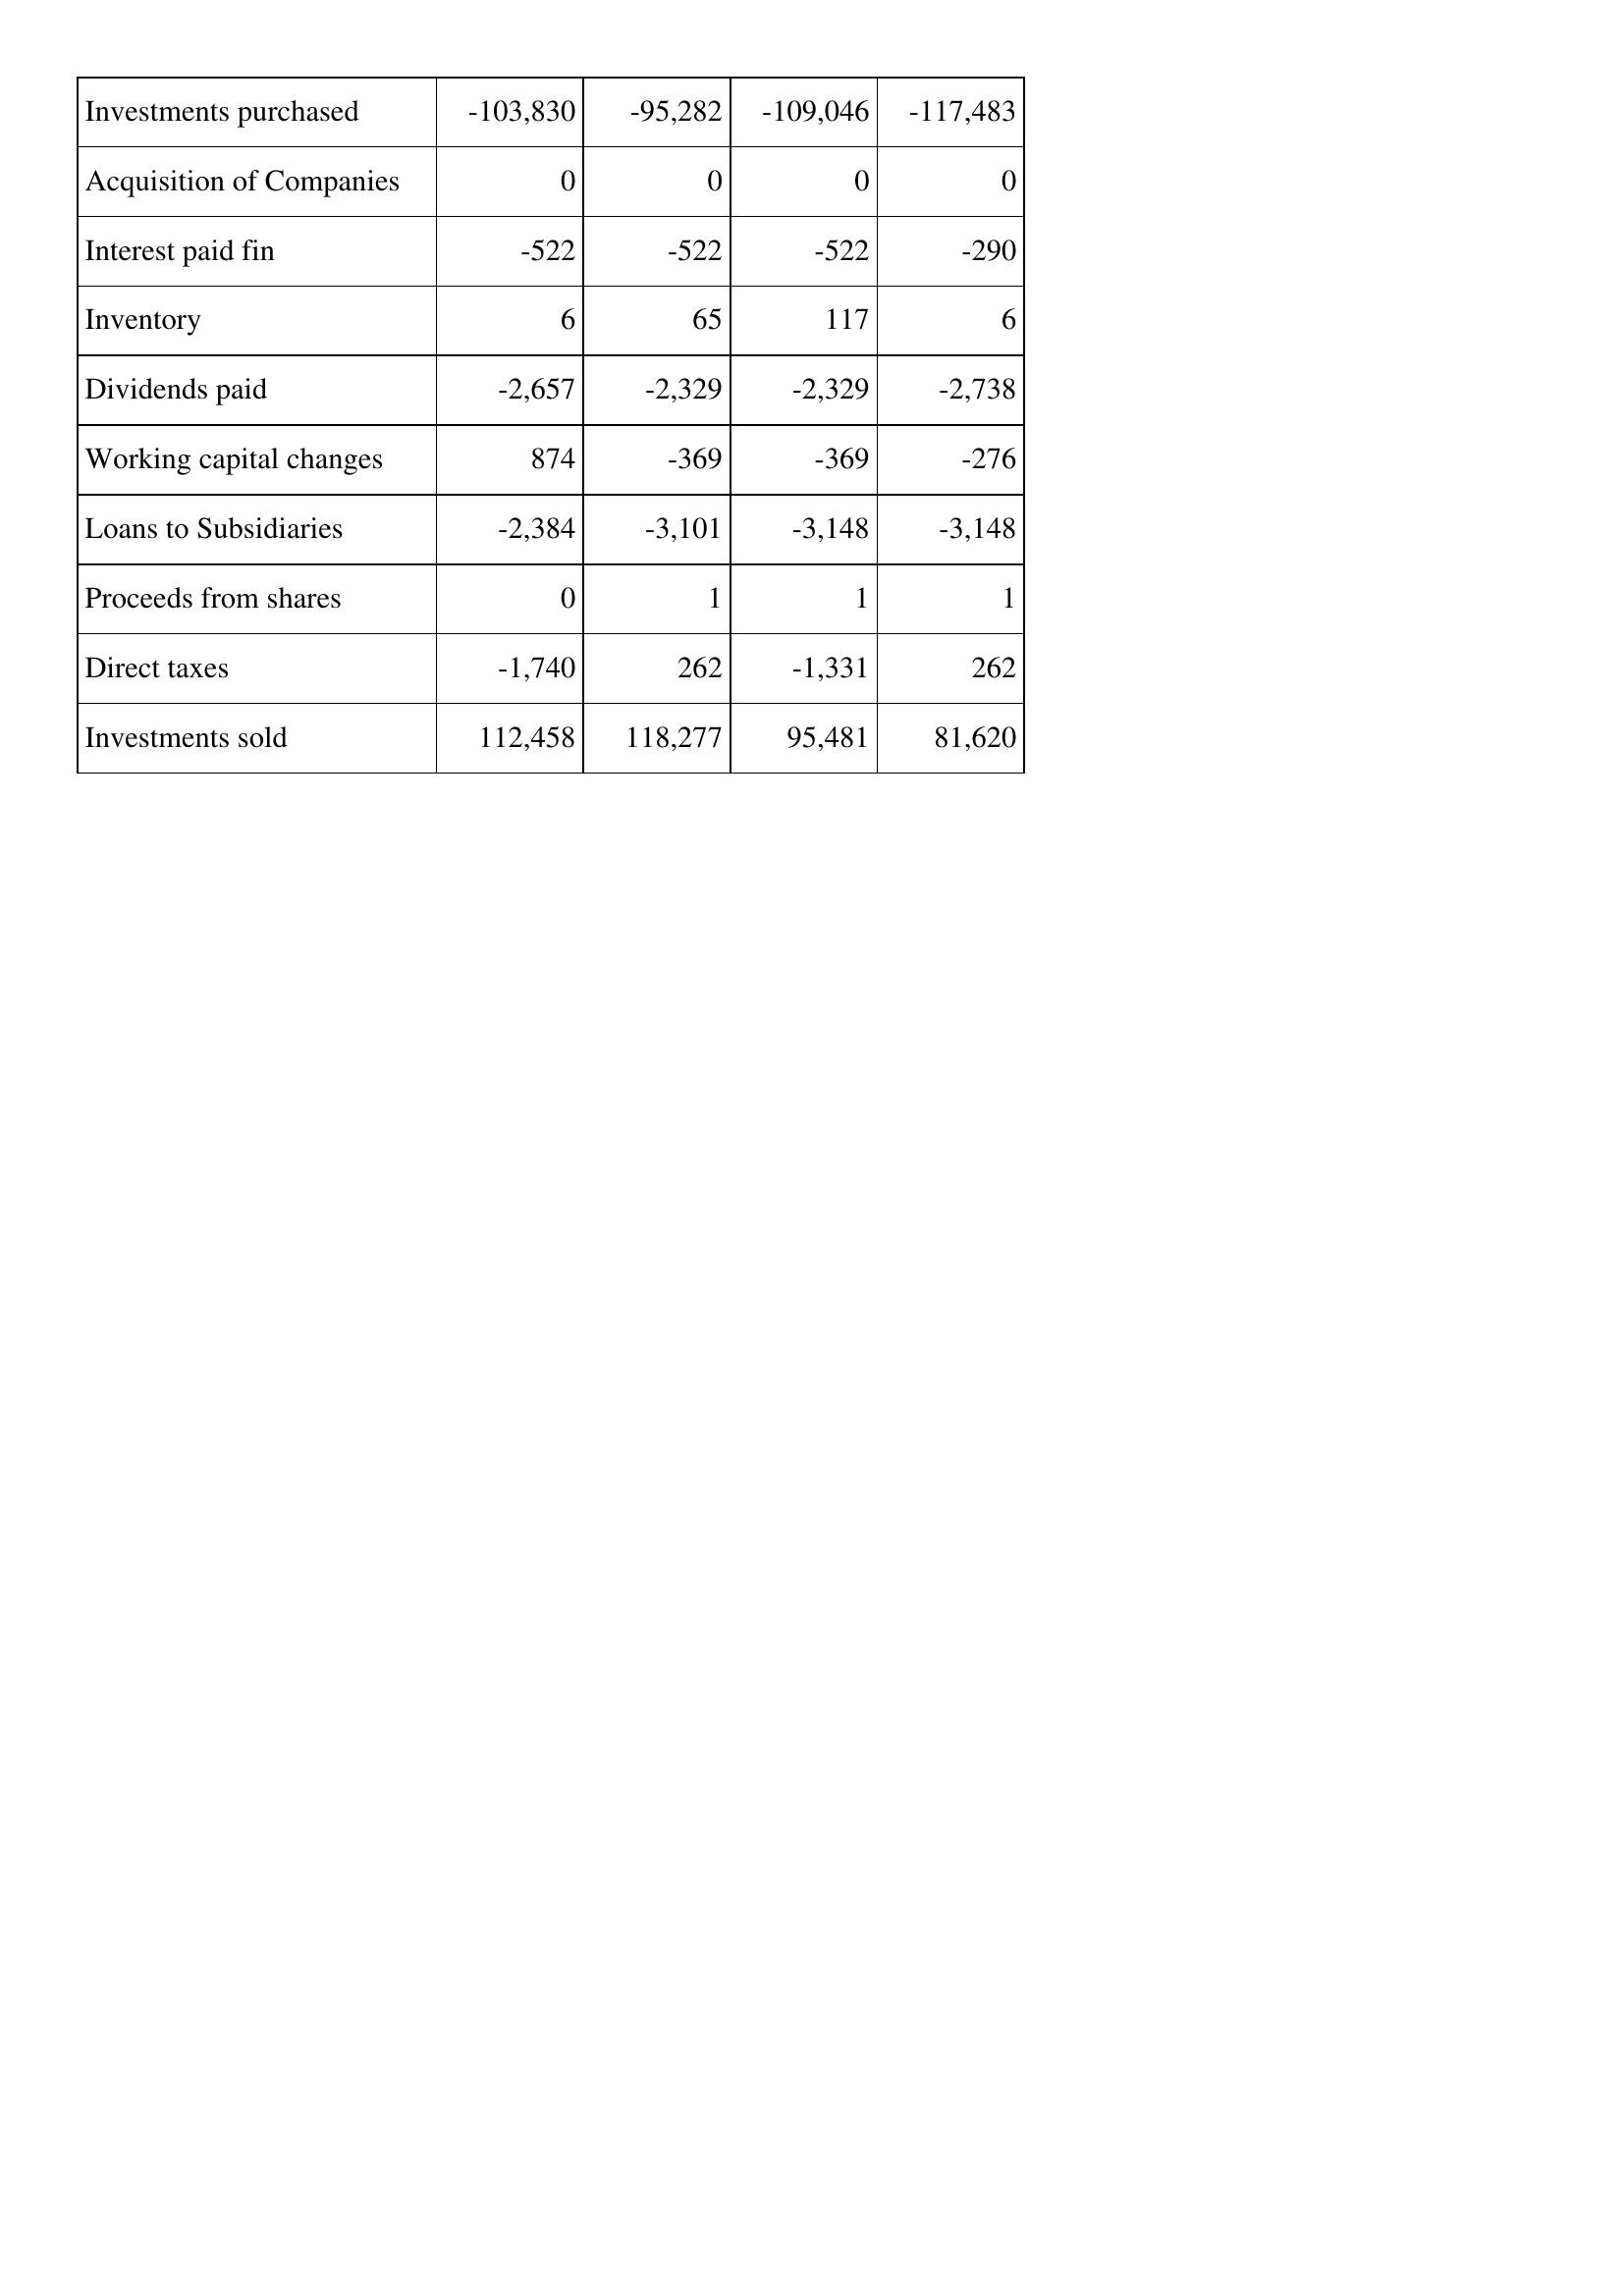
Mar-19: Cash Flows: Investments purchased: -103,830
Acquisition of Companies: 0
Interest paid fin: -522
Inventory: 6
Dividends paid: -2,657
Working capital changes: 874
Loans to Subsidiaries: -2,384
Proceeds from shares: 0
Direct taxes: -1,740
Investments sold: 112,458
Mar-18: Cash Flows: Investments purchased: -95,282
Acquisition of Companies: 0
Interest paid fin: -522
Inventory: 65
Dividends paid: -2,329
Working capital changes: -369
Loans to Subsidiaries: -3,101
Proceeds from shares: 1
Direct taxes: 262
Investments sold: 118,277
Mar-17: Cash Flows: Investments purchased: -109,046
Acquisition of Companies: 0
Interest paid fin: -522
Inventory: 117
Dividends paid: -2,329
Working capital changes: -369
Loans to Subsidiaries: -3,148
Proceeds from shares: 1
Direct taxes: -1,331
Investments sold: 95,481
Mar-16: Cash Flows: Investments purchased: -117,483
Acquisition of Companies: 0
Interest paid fin: -290
Inventory: 6
Dividends paid: -2,738
Working capital changes: -276
Loans to Subsidiaries: -3,148
Proceeds from shares: 1
Direct taxes: 262
Investments sold: 81,620